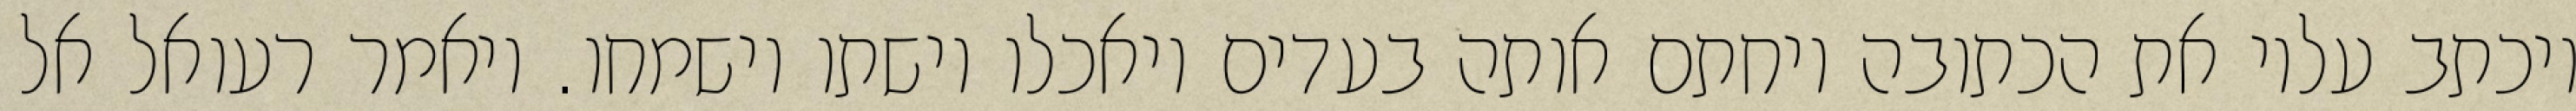
ויכתב עליו את הכתובה ויחתם אותה בעדים ויאכלו וישתו וישמחו. ויאמר רעואל אל